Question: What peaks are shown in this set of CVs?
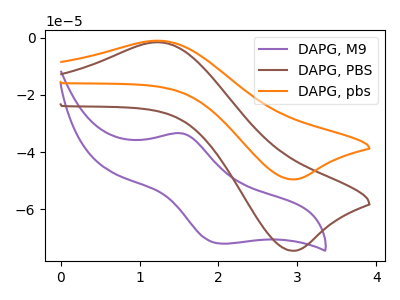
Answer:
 <answer>The purple curve "DAPG, M9" has an anodic peak at (1.55V, -33.40uA) and a cathodic peak at (2.05V, -71.95uA). The brown curve "DAPG, PBS" has an anodic peak at (1.25V, -1.60uA) and a cathodic peak at (2.90V, -74.40uA). The orange curve "DAPG, pbs" has an anodic peak at (1.25V, -1.05uA) and a cathodic peak at (2.90V, -49.50uA).</answer>
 <eval></eval>